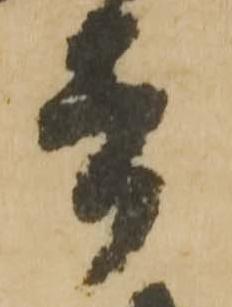
者